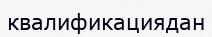
квалификациядан